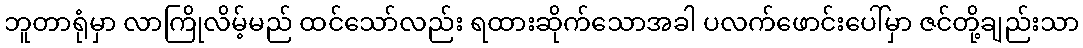
ဘူတာရုံမှာ လာကြိုလိမ့်မည် ထင်သော်လည်း ရထားဆိုက်သောအခါ ပလက်ဖောင်းပေါ်မှာ ဇင်တို့ချည်းသာ